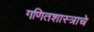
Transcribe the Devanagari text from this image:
गणितशास्त्राचे